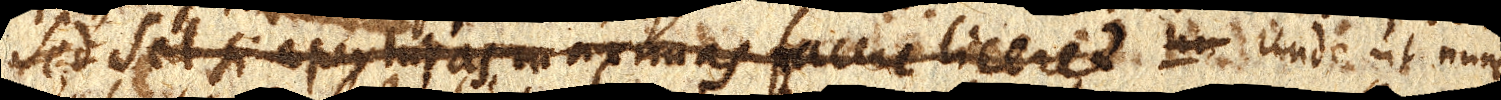
Sed Sed si aperturas maximas facere liceret lu Unde ut nunc